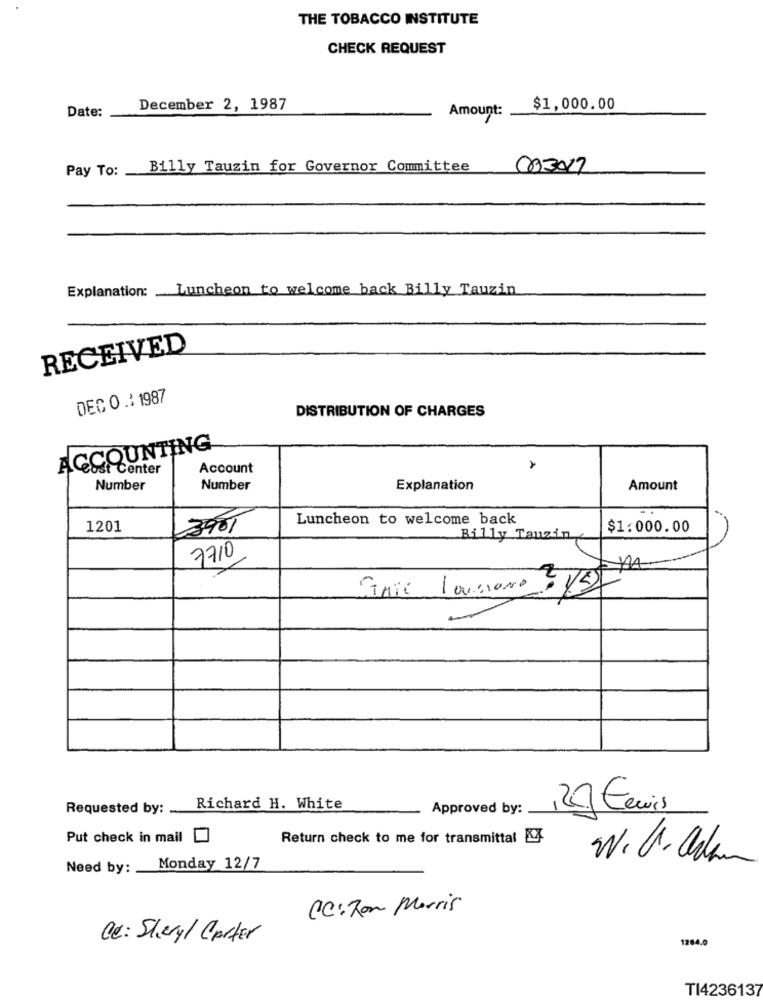
THE TOBACCO INSTITUTE
CHECK REQUEST
Date:
December 2, 1987
Amount:
$1,000.00
Pay To:
Billy Tauzin for Governor Committee
003017
Explanation: Luncheon to welcome back Billy Tauzin
RECEIVED
DEC O .: 1987
DISTRIBUTION OF CHARGES
ACCOUNTING
Cost Center
Account
Number
Number
Explanation
Amount
Luncheon to welcome back
1201
3901
$1.000.00
Billy Tauzin
7710
Gnie langone - Este
Requested by: ..
Richard H. White
Approved by:
12] Euis
Put check in mail
Return check to me for transmittal
Need by: Monday 12/7
CC: Ron Morris
Ce: Sheryl Carter
1264.0
TI4236137